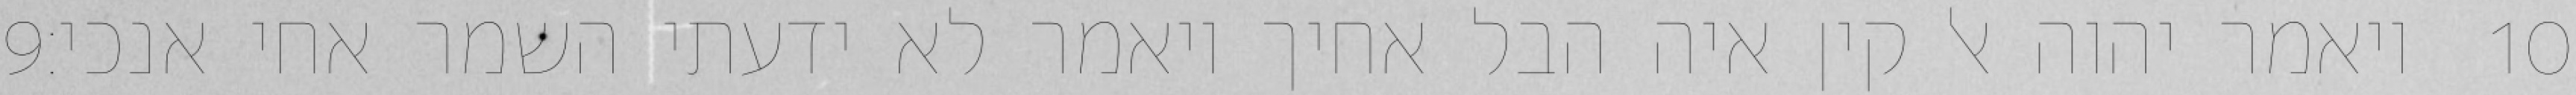
‎9‏ ויאמר יהוה אל קין איה הבל אחיך ויאמר לא ידעתי השמר אחי אנכי׃ ‎10‏